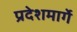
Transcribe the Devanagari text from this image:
प्रदेशमार्गे